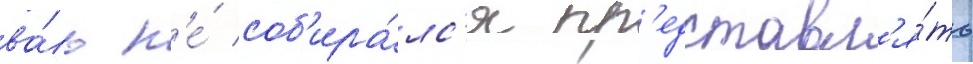
ва́ль н'е́ соб'ира́лс'я пр'едставл'я́ть